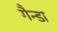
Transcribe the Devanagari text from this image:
गैन्डा